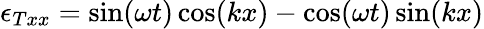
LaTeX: \epsilon_{Txx}=\sin(\omega t)\cos(kx)-\cos(\omega t)\sin(kx)